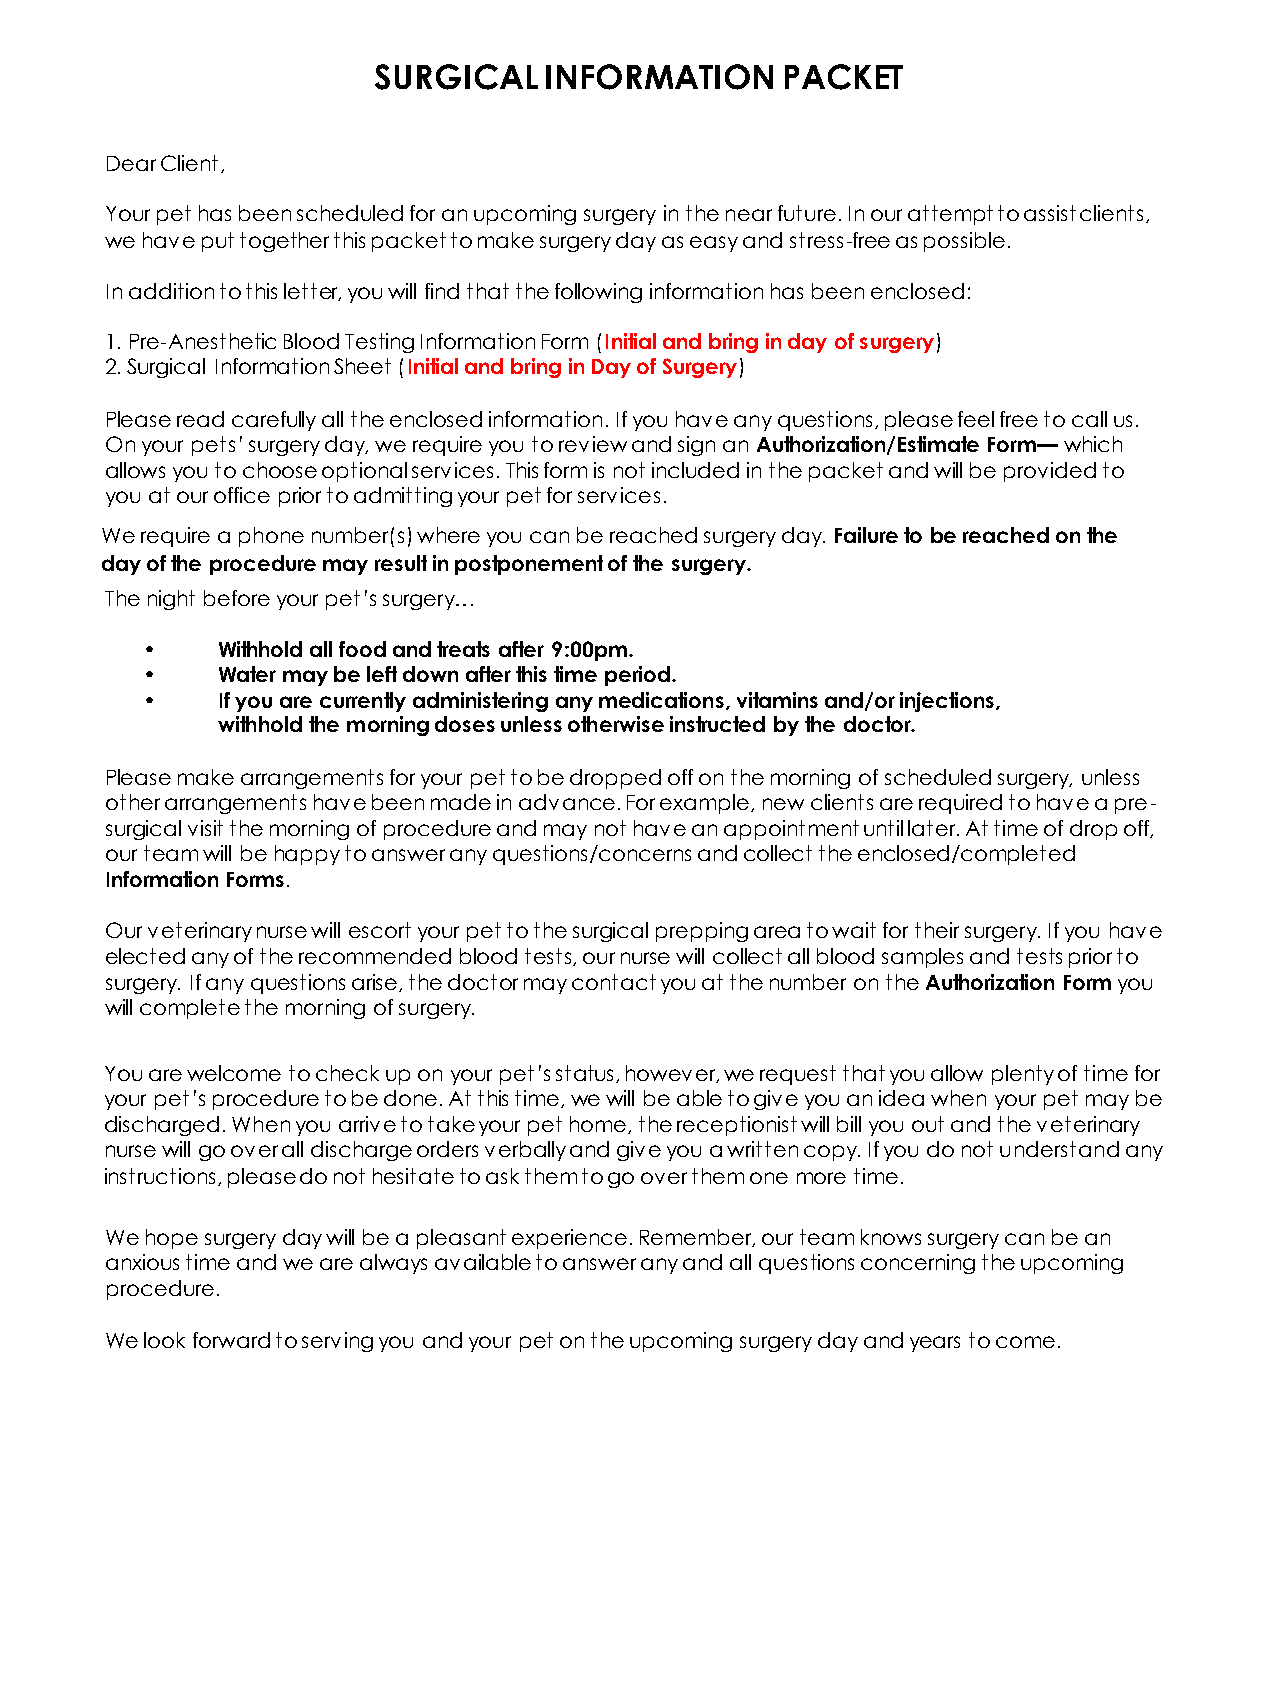
SURGICAL   INFORMATION     PACKET
 Dear Client,
 Your pet has been scheduled for an upcoming surgery in the near future. In our attempt to assist clients,
 we have put together this packet to make surgery day as easy and stress-free as possible.
 In addition to this letter, you will find that the following information has been enclosed:
 1. Pre-Anesthetic Blood Testing Information Form (Initial and bring in day of surgery)
 2. Surgical Information Sheet (Initial and bring in Day of Surgery)
 Please read carefully all the enclosed information. If you have any questions, please feel free to call us.
 On your pets’ surgery day, we require you to review and sign an Authorization/Estimate Form— which
 allows you to choose optional services. This form is not included in the packet and will be provided to
 you at our office prior to admitting your pet for services.
 We require a phone number(s) where you can be reached surgery day. Failure to be reached on the
 day of the procedure may result in postponement of the surgery.
 The night before your pet’s surgery…
 •    Withhold all food and treats after 9:00pm.
 •    Water may be left down after this time period.
 •    If you are currently administering any medications, vitamins and/or injections,
 withhold the morning doses unless otherwise instructed by the doctor.
 Please make arrangements for your pet to be dropped off on the morning of scheduled surgery, unless
 other arrangements have been made in advance. For example, new clients are required to have a pre-
 surgical visit the morning of procedure and may not have an appointment until later. At time of drop off,
 our team will be happy to answer any questions/concerns and collect the enclosed/completed
 Information Forms.
 Our veterinary nurse will escort your pet to the surgical prepping area to wait for their surgery. If you have
 elected any of the recommended blood tests, our nurse will collect all blood samples and tests prior to
 surgery. If any questions arise, the doctor may contact you at the number on the Authorization Form you
 will complete the morning of surgery.
 You are welcome to check up on your pet’s status, however, we request that you allow plenty of time for
 your pet’s procedure to be done. At this time, we will be able to give you an idea when your pet may be
 discharged. When you arrive to take your pet home, the receptionist will bill you out and the veterinary
 nurse will go over all discharge orders verbally and give you a written copy. If you do not understand any
 instructions, please do not hesitate to ask them to go over them one more time.
 We hope surgery day will be a pleasant experience. Remember, our team knows surgery can be an
 anxious time and we are always available to answer any and all questions concerning the upcoming
 procedure.
 We look forward to serving you and your pet on the upcoming surgery day and years to come.